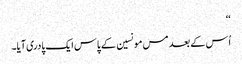
‘‘
اُس کے بعد مس مونسین کے پاس ایک پادری آیا۔